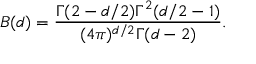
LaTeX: B ( d ) = \frac { \Gamma ( 2 - d / 2 ) \Gamma ^ { 2 } ( d / 2 - 1 ) } { ( 4 \pi ) ^ { d / 2 } \Gamma ( d - 2 ) } .